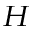
_ H